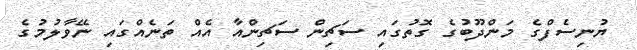
ޔުނިސެފްގެ މަންދޫބުގެ ގޮތުގައި ސަޗިން ސަޗިންއާ އެއް ތަނެއްގައި ނޭވާލުމުގެ